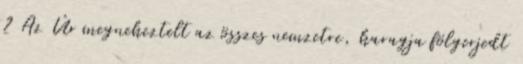
2 Az Úr megneheztelt az összes nemzetre, haragja fölgerjedt